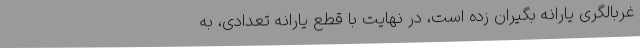
غربالگری یارانه بگیران زده است، در نهایت با قطع یارانه تعدادی، به